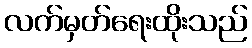
လက်မှတ်ရေးထိုးသည်